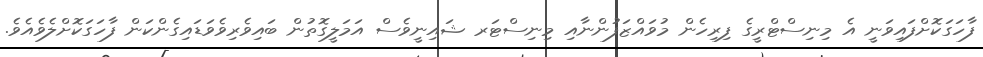
ފާހަގަކޮށްފައިވަނީ އެ މިނިސްޓްރީގެ ފިރިހެން މުވައްޒަފުންނާއި މިނިސްޓަރ ޝައިނީވެސް އަމަލީގޮތުން ބައިވެރިވެވަޑައިގެންކަން ފާހަގަކޮށްލެވެއެވެ.